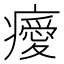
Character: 𤻅